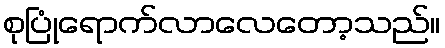
စုပြုံရောက်လာလေတော့သည်။